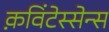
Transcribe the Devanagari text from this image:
क़विंटेस्सेन्स